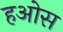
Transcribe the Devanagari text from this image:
हओस